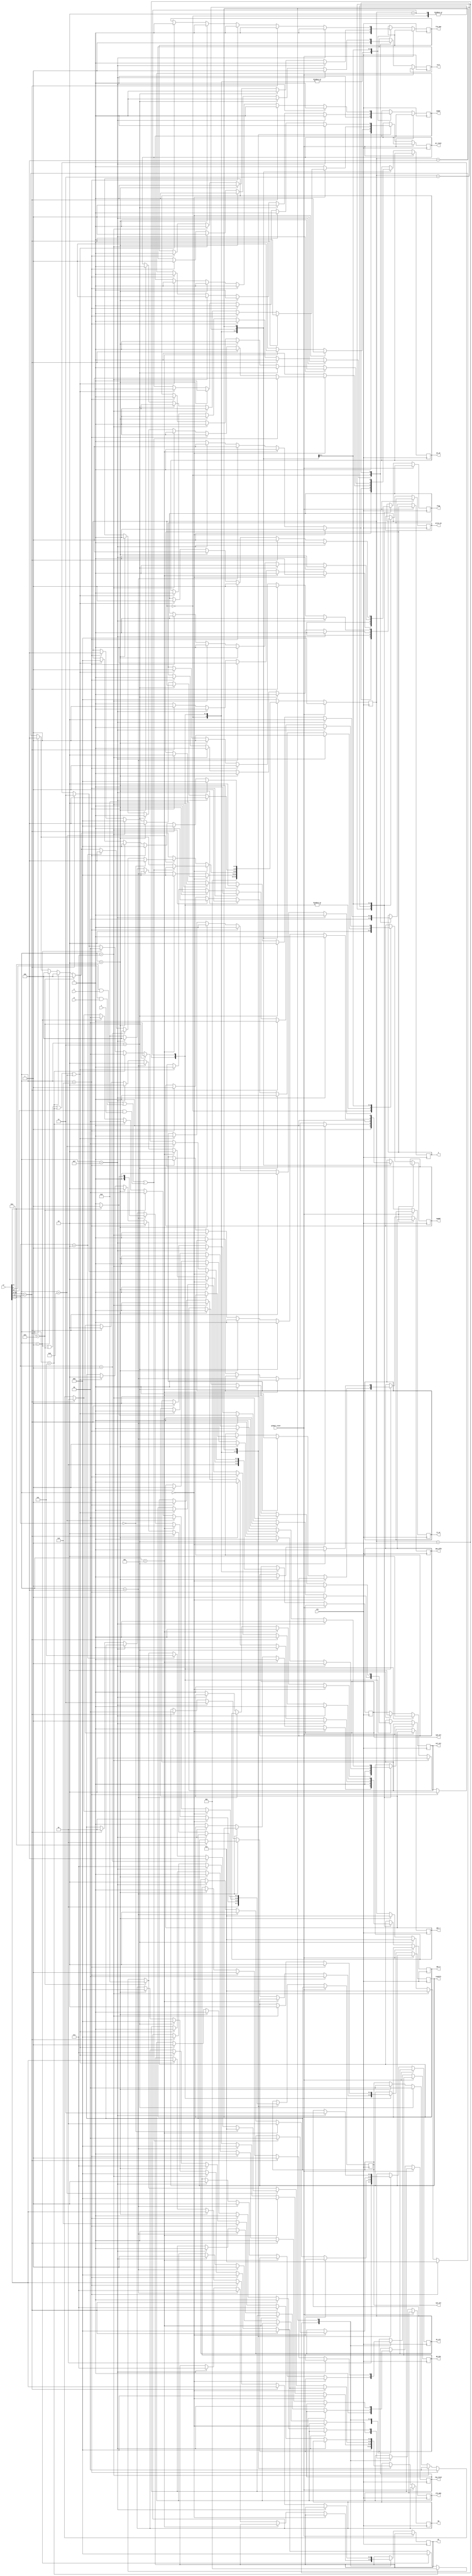
module control_path(clk, ir,  global_reset,                                                     
ctrl,memRd,memWr,mdr_l,mdr_h,ir_wr,I,                                            //memory
write_en, d8_d16, reg_reset, alu_mem, dr,                                          //regfile
op, frm_mem, flag, imm_offb, toshift, sel_ext, ip1_sel, ip2_sel,                   //alu
pc_src, pc_wr, pc_reset, 																				//pc
n,p,z                                                         
);

input clk, global_reset,n,p,z;
input [15:0] ir;
reg reset;

output reg ctrl,memRd,memWr,mdr_l,mdr_h,ir_wr;
output reg [1:0] I;

output reg write_en, d8_d16, reg_reset, alu_mem;
output reg [2:0] dr;

output reg [2:0] op;
output reg frm_mem, flag, imm_offb;
output reg [1:0]toshift;
output reg sel_ext;
output reg [1:0] ip1_sel;
output reg [1:0] ip2_sel;


output reg [1:0]pc_src; 
output reg pc_wr, pc_reset;

reg [2:0]state;

//opcodes
parameter BR = 4'b0000;
parameter JMP = 4'b1100;
parameter TRAP = 4'b1111;
parameter JSRR = 4'b0100;
parameter LEA = 4'b1110;
parameter LDB= 4'b0010;
parameter STB= 4'b0011;
parameter LDW=4'b0110;
parameter STW=4'b0111;
parameter ADD=4'b0001;
parameter AND=4'b0101;
parameter XOR=4'b1001;
parameter SHIFT=4'b1101;





always@(posedge clk)
begin
if(global_reset)
state=3'd0;

else
begin
case(state)
 3'b000 :  
 //fetch

begin        //2
I=0;        // chosing PC
memRd=1;   // reading from memory
memWr=0;   
ctrl=1;
ir_wr=1'b1;
mdr_l=1'b0;
mdr_h=1'b0;
reset =0;

write_en=1'b0;   // disable regfile
reg_reset =1'b0;

ip1_sel=2'b01;  //-------------//
ip2_sel=2'b01;  // for PC=PC+2 //
op=3'b000;     //-------------//
flag=0;
frm_mem=0;

pc_src=2'b01;  //from alu(imm)
pc_wr=1'b1;
pc_reset=1'b0;

state=3'd1;
end //2*

 3'b001 : 
 //decode
 begin   //3
 
 if(ir[15:12]==BR)
 begin    //4
 
 memRd=0;              //diasble memory
 memWr=0;
 ir_wr=0;
 mdr_h=0;
 mdr_l=0;
 
 write_en=0;          //disable regfile 
 
                       //alu operations
 op = 3'b000;          //add
 frm_mem=0;
 flag=0;
 toshift=2'b00;
 sel_ext=1;
 ip1_sel=2'b01;         //pc
 ip2_sel=2'b10;         //ext


 
 pc_wr=0;          //disable pc write
 pc_reset=0;

 state=3'd2;         //to execute 
 
 end   //4*
 
 else if(ir[15:12]==JMP)
 begin   //5
 memRd=0;              //diasble memory
memWr=0;
ir_wr=0;
mdr_h=0;
mdr_l=0;

 write_en=0;          //disable regfile 
 
                       //alu operations
 op = 3'b000;          //add
 frm_mem=0;
 flag=0;
 imm_offb=0;
 sel_ext=0;
 ip1_sel=2'b00;         //reg1val
 ip2_sel=2'b10;         //ext


 
 pc_wr=0;              // pc write
 pc_src=2'b01;             //frm alu wire   
 pc_reset=1;

 state=3'd0;         //to fetch 
 
 end    //5*
 
 else if(ir[15:12]==JSRR)
 begin    //6
 
 memRd=0;             //disable memory
 memWr=0;
 
 write_en=1;             //write pc to r7
 d8_d16=1;
 reg_reset=0;
 alu_mem=1;
 dr=3'b111;
 
                       //alu operations
 if(ir[11]==0)
 begin 
 op = 3'b000;          //add
 frm_mem=0;
 flag=0;
 imm_offb=0;
 sel_ext=0;
 ip1_sel=2'b00;         //reg1val
 ip2_sel=2'b10;         //ext
 end
 
 if(ir[11]==1)
 begin
 op = 3'b000;          //add
 frm_mem=0;
 flag=0;
 toshift=1;
 sel_ext=1;
 ip1_sel=2'b01;         //pc
 ip2_sel=2'b10;         //ext
 end


 
 pc_wr=1;              // pc write
 pc_src=2'b10;             //frm alu wire
 pc_reset=0;

 state=3'd0;         //to fetch 
 
 
 end    //6*
 
 else if(ir[15:12]==TRAP)
 begin    //7
 memRd=0;             //disable memory
 memWr=0;
 
 write_en=1;             //write pc to r7
 d8_d16=1; 
 reg_reset=0;
 alu_mem=1;
 dr=3'b111;
 
                       //alu operations
 
 op=3'b111;             //none 2
 frm_mem=0;
 flag=0;
 toshift=2'd3;
 sel_ext=1;
 ip2_sel=2'd2;



 
 pc_wr=1;              // pc write
 pc_src=2'b10;             //frm alu wire
 pc_reset=0;

 
 
 state=3'd4;         //to mem access
 end   //7*
 
 else if(ir[15:12]==LEA)
 begin   //8
 
 memRd=0;              //diasble memory
memWr=0;
ir_wr=0;
mdr_h=0;
mdr_l=0;

 
 write_en=0;          //disable regfile 
 
                       //alu operations
 op = 3'b000;          //add
 frm_mem=0;
 flag=1;
 toshift=2'b00;
 sel_ext=1;
 ip1_sel=2'b01;         //pc
 ip2_sel=2'b10;         //ext


 
 pc_wr=0;          //disable pc write
 pc_reset=0;

 state=3'd2;         //to execute 
 
 end //8*
 
  
 else
 begin    //9
 memRd=0;              //diasble memory
memWr=0;
ir_wr=0;
mdr_h=0;
mdr_l=0;

 write_en=0;          //read regfile 
 
                       //disable alu flags
 frm_mem=0;
 flag=0;
 
 pc_wr=0;          //disable pc write
 pc_reset=0;

 state=3'd2;         //to execute 
 
 
 end //9*

end   //3*


 3'b010 : 
 //execute
 begin  //10
 if(ir[15:12]== LDB)
 begin    //11
memRd=0;              //diasble memory
memWr=0;
ir_wr=0;
mdr_h=0;
mdr_l=0;

write_en=0;  //diasble reg file
 
 ip1_sel=0; //execute
 ip2_sel=2'b10;
imm_offb=0;
sel_ext=0; //no shift
flag=0;
op=3'b000;

 pc_wr=0;          //disable pc write
 pc_reset=0;


state=3'b11;   //to mem access
end    //11*

if(ir[15:12]== STB)
 begin    //11
memRd=0;              //diasble memory
memWr=0;
ir_wr=0;
mdr_h=0;
mdr_l=0;

write_en=0;  //diasble reg file
 
 ip1_sel=0; //execute
 ip2_sel=2'b10;
imm_offb=0;
sel_ext=0; //no shift
flag=0;
op=3'b000;

 pc_wr=0;          //disable pc write
 pc_reset=0;


state=3'b11;   //to mem access
end    //11*


if(ir[15:12]== STW)
begin    //12

memRd=0;              //diasble memory
memWr=0;
ir_wr=0;
mdr_h=0;
mdr_l=0;

write_en=0;  //diasble reg file

ip1_sel=0;
flag=0;
ip2_sel=2'b10;
op=3'b000;
toshift=2'b10;
sel_ext=1;


 pc_wr=0;          //disable pc write
 pc_reset=0;


state=3'b11;

end    //12

if(ir[15:12]== LDW)
begin    //12

memRd=0;              //diasble memory
memWr=0;
ir_wr=0;
mdr_h=0;
mdr_l=0;

write_en=0;  //diasble reg file

ip1_sel=0;
flag=0;
ip2_sel=2'b10;
op=3'b000;
toshift=2'b10;
sel_ext=1;


 pc_wr=0;          //disable pc write
 pc_reset=0;


state=3'b11;

end    //12*


if(ir[15:12]== LEA)
begin     //13

memRd=0;              //diasble memory
memWr=0;
ir_wr=0;
mdr_h=0;
mdr_l=0;

write_en=0;  //diasble reg file

ip1_sel=1;
ip2_sel=2'b10;
op=3'b111; //none2
 ip2_sel=2'd3;//amount
 op=3'b100;//lshift
 op=3'b000;//add
 
 pc_wr=0;          //disable pc write
 pc_reset=0;


state=3'b100;   //to write back
end  //13*

if(ir[15:12]== BR)
begin     //14
memRd=0;              //diasble memory
memWr=0;
ir_wr=0;
mdr_h=0;
mdr_l=0;

write_en=0;  //diasble reg file

flag=0;
frm_mem=0;

 if(ir[11]&n|ir[9]&p|ir[10]&z)
 begin
pc_src=0;    //branch to label
pc_wr=1;
state=3'b000;
end
end   //14*
else
begin    //15
memRd=0;              //diasble memory
memWr=0;
ir_wr=0;
mdr_h=0;
mdr_l=0;

write_en=0;  //diasble reg file


 pc_wr=0;          //disable pc write
 pc_reset=0;

flag=0;
frm_mem=0;

if(ir[15:12]==ADD)
begin
ip1_sel=0;
ip2_sel=0;
op=3'b000;
state=3'b100;
end

if(ir[15:12]==AND)
begin
ip1_sel=0;
ip2_sel=0;
op=3'b001;
state=3'b100;
end
if(ir[15:12]==XOR)
begin
ip1_sel=0;
ip2_sel=0;
op=3'b010;
state=3'b100;
end
if(ir[15:12]==SHIFT)
begin    //16
ip1_sel=0;
ip2_sel=0;

if(ir[5:4]==0)
begin
op=3'b011;
state=3'b100;
end

else
if(ir[5:4]==2'b01)
begin
op=3'b100;
state=3'b100;
end
else
if(ir[5:4]==2'b10)
begin
op=3'b101;
state=3'b100;
end
end    //16*
end    //15*
end    //10*

3'b011 : 
 //mem access
begin 
if (ir[15:12]==STB)
begin
I=2'b10;
memRd=1'b0;
memWr=1'b1;
ctrl=1'b0;
mdr_l=1'b0;
mdr_h=1'b0;
ir_wr=1'b0;

write_en=1'b0;    //disable regfile

flag=1'b0;        //disable flags
frm_mem=1'b0;

pc_wr=1'b0;     //disable PC

end

else if (ir[15:12]==LDB)
begin

I=2'b10;
memRd=1'b1;
memWr=1'b0;
ctrl=1'b0;
mdr_l=1'b1;
mdr_h=1'b0;
ir_wr=1'b0;

write_en=1'b0;    //disable regfile

flag=1'b0;        //disable flags
frm_mem=1'b0;

pc_wr=1'b0;     //disable PC

state=3'b100;
end

else if (ir[15:12]==STW)
begin
I=2'b10;
memRd=1'b0;
memWr=1'b1;
ctrl=1'b1;
mdr_l=1'b0;
mdr_h=1'b0;
ir_wr=1'b0;

write_en=1'b0;    //disable regfile

flag=1'b0;        //disable flags
frm_mem=1'b0;

pc_wr=1'b0;     //disable PC

state=3'b000;
end

else if (ir[15:12]==LDW)
begin
I=2'b10;
memRd=1'b1;
memWr=1'b0;
ctrl=1'b1;
mdr_l=1'b1;
mdr_h=1'b1;
ir_wr=1'b0;

write_en=1'b0;    //disable regfile

flag=1'b0;        //disable flags
frm_mem=1'b0;

pc_wr=1'b0;     //disable PC

state=3'b100;
end

if (ir[15:12]==TRAP)
begin

I=2'b10;
memRd=1'b1;
memWr=1'b0;
ctrl=1'b1;
mdr_l=1'b1;
mdr_h=1'b1;
ir_wr=1'b0;

write_en=1'b0;    //disable regfile

flag=1'b0;        //disable flags
frm_mem=1'b0;

pc_wr=1'b0;     //disable PC

state=3'b100;
end
end
 3'b100 : 
 //write back
 begin
 
 if(ir[15:12]==TRAP)
 begin
memRd=0;              //diasble memory
memWr=0;
ir_wr=0;
mdr_h=0;
mdr_l=0;

 write_en=0;          //disable register file 
 
 
 frm_mem=0;              //disable alu
 flag=0;
 

 pc_wr=1;          //pc write
 pc_reset=0;
 pc_src=2'd3;      //frm memory

 state=0;         //back to fetch
 end
 
 else if(ir[15:12]==LEA)
 begin
memRd=0;              //diasble memory
memWr=0;
ir_wr=0;
mdr_h=0;
mdr_l=0;

 write_en=1;          //disable register file 
 reg_reset=0;
 d8_d16=1; 
 alu_mem=0;
 dr=ir[11:9];
 
 
 ip1_sel=2'd2;      //update flags
 op=3'd7;
 frm_mem=0;
 flag=1;
 
 pc_wr=0;          //pc disable
 pc_reset=0;
 

 state=0;         //back to fetch
 end
 

 else if(ir[15:12]==LDW)
 begin
 memRd=0;              //diasble memory
memWr=0;
ir_wr=0;
mdr_h=0;
mdr_l=0;

 write_en=1;          //disable register file 
 reg_reset=0;
 d8_d16=1; 
 alu_mem=0;
 dr=ir[11:9];
 
 
 ip1_sel=2'd2;      //update flags
 op=3'd6;
 frm_mem=0;
 flag=1;
 
 pc_wr=0;          //pc disable
 pc_reset=0;
 

 state=0;         //back to fetch
 end
 
 
 else if(ir[15:12]==LDB)
 begin
 memRd=0;              //diasble memory
memWr=0;
ir_wr=0;
mdr_h=0;
mdr_l=0;

 write_en=1;          //disable register file 
 reg_reset=0;
 d8_d16=0; 
 alu_mem=0;
 dr=ir[11:9];
 
 
 ip1_sel=2'd2;      //update flags
 op=3'd7;
 frm_mem=0;
 flag=1;
 
 pc_wr=0;          //pc disable
 pc_reset=0;
 

 state=0;         //back to fetch
 end
 
else if((ir[15:12]==ADD)|(ir[15:12]==XOR)|(ir[15:12]==AND)|(ir[15:12]==SHIFT))
 begin
 memRd=0;              //diasble memory
 memWr=0;
 ir_wr=0;
 mdr_h=0;
 mdr_l=0;

 write_en=1;          //disable register file 
 reg_reset=0;
 alu_mem=1;
 dr=ir[11:9];
 
 ip1_sel=2'd2;      //update flags
 op=3'd7;
 frm_mem=0;
 flag=1;
 
 pc_wr=0;          //pc disable
 pc_reset=0;
 

 state=0;         //back to fetch
 end
 
 
 
 
 
 
 
 
 
 
 
 
 
 
 
 end
 
 default: state=3'd0;

 
 endcase
end

end


endmodule